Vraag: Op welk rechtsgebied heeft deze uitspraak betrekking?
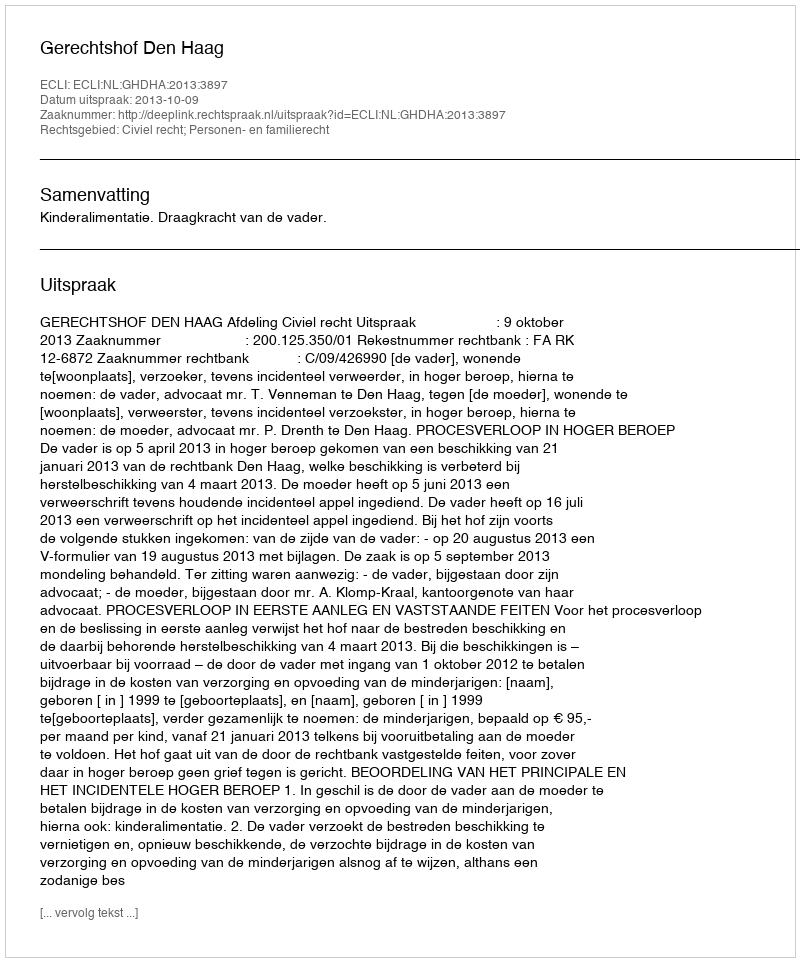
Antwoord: Civiel recht; Personen- en familierecht